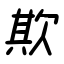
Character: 欺